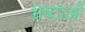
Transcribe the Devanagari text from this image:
भ्रष्टाओं